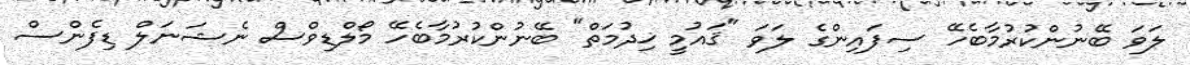
ލަވަ ބޭނުންކުރުމާބެހޭ ސިފައިންގެ ލަވަ "ޤައުމީ ޚިދުމަތް" ބޭނުންކުރުމާބެހޭ މޯލްޑިވްސް ނެޝަނަލް ޑިފެންސް